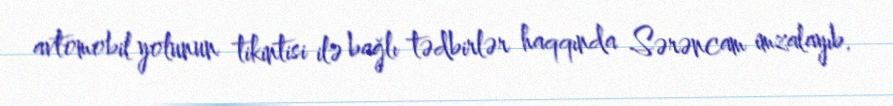
avtomobil yolunun tikintisi ilə bağlı tədbirlər haqqında Sərəncam imzalayıb.